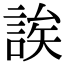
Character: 誒